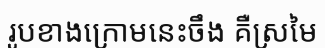
រូបខាងក្រោមនេះចឹង គឺស្រមៃ